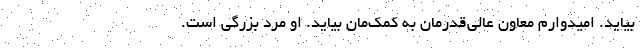
بیاید. امیدوارم معاون عالی‌قدرمان به کمک‌مان بیاید. او مرد بزرگی است.